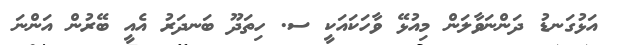
އަޅުގަނޑު ދަންނަވާލަން މިއުޅޭ ވާހަކައަކީ ސ. ހިތަދޫ ބަނދަރު އެއީ ބޭރުން އަންނަ